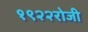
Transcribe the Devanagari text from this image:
१९२२रोजी